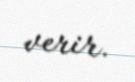
verir.